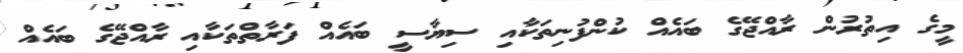
މީގެ އިތުރުން ރާއްޖޭގެ ބައެއް ކުންފުނިތަކާއި ސިޔާސީ ބައެއް ފަރާތްތަކާއި ރާއްޖޭގެ ބައެއް